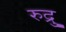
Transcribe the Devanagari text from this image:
रुद्रु